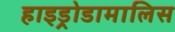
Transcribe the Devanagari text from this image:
हाइड्रोडामालिस